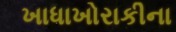
ખાધાખોરાકીના